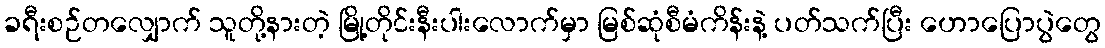
ခရီးစဉ်တလျှောက် သူတို့နားတဲ့ မြို့တိုင်းနီးပါးလောက်မှာ မြစ်ဆုံစီမံကိန်းနဲ့ ပတ်သက်ပြီး ဟောပြောပွဲတွေ